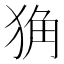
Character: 𤞴